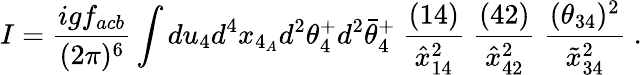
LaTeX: I={\frac{igf_{acb}}{(2\pi)^{6}}}\int du_{4}d^{4}x_{4_{A}}d^{2}\theta_{4}^{+}d^{2}\bar{\theta}_{4}^{+}\ {\frac{(14)}{\hat{x}_{14}^{2}}}\; {\frac{(42)}{\hat{x}_{42}^{2}}}\; {\frac{(\theta_{34})^{2}}{\tilde{x}_{34}^{2}}}\; .